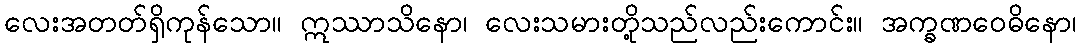
လေးအတတ်ရှိကုန်သော။ ဣဿာသိနော၊ လေးသမားတို့သည်လည်းကောင်း။ အက္ခဏဝေဓိနော၊